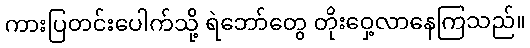
ကားပြတင်းပေါက်သို့ ရဲဘော်တွေ တိုးဝှေ့လာနေကြသည်။